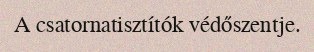
A csatornatisztítók védőszentje.